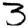
Digit: 3